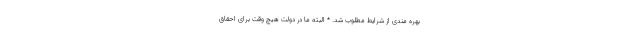
بهره مندی از شرایط مطلوب شد. * البته ما در دولت هیچ وقت برای احقاق